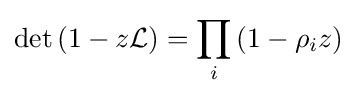
\det \left(1-z{\mathcal {L}}\right)=\prod _{i}\left(1-\rho _{i}z\right)